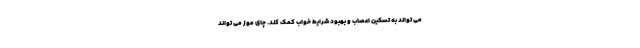
می تواند به تسکین اعصاب و بهبود شرایط خواب کمک کند. چای موز می تواند